Indian journal of veterinary science and animal husbandry - Volume 10,
Year: 1940
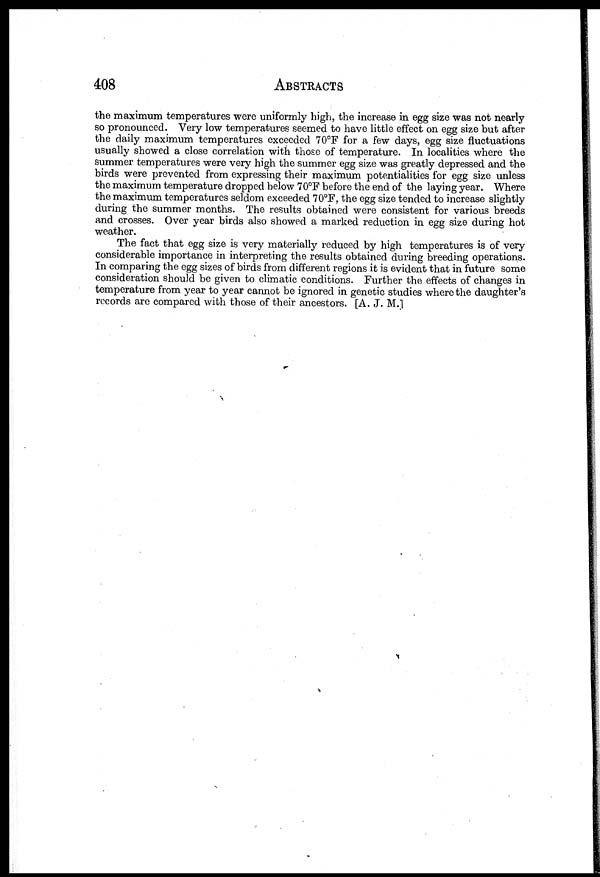
408 ABSTRACTS
the maximum temperatures were uniformly high, the increase in egg size was not nearly
so pronounced. Very low temperatures seemed to have little effect on egg size but after
the daily maximum temperatures exceeded 70°F for a few days, egg size fluctuations
usually showed a close correlation with those of temperature. In localities where the
summer temperatures were very high the summer egg size was greatly depressed and the
birds were prevented from expressing their maximum potentialities for egg size unless
the maximum temperature dropped below 70°F before the end of the laying year. Where
the maximum temperatures seldom exceeded 70°F, the egg size tended to increase slightly
during the summer months. The results obtained were consistent for various breeds
and crosses. Over year birds also showed a marked reduction in egg size during hot
weather.
The fact that egg size is very materially reduced by high temperatures is of very
considerable importance in interpreting the results obtained during breeding operations.
In comparing the egg sizes of birds from different regions it is evident that in future some
consideration should be given to climatic conditions. Further the effects of changes in
temperature from year to year cannot be ignored in genetic studies where the daughter's
records are compared with those of their ancestors. [A. J. M.]